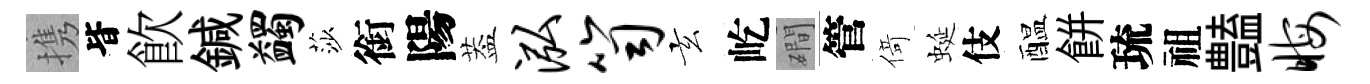
携𣅜飮鍼蠲莎銜陽葢泓笥玄屹磵管𠋣蜒伎醖餅琉祖𧰟晦